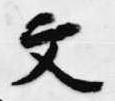
文